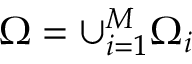
\Omega = \cup _ { i = 1 } ^ { M } \Omega _ { i }